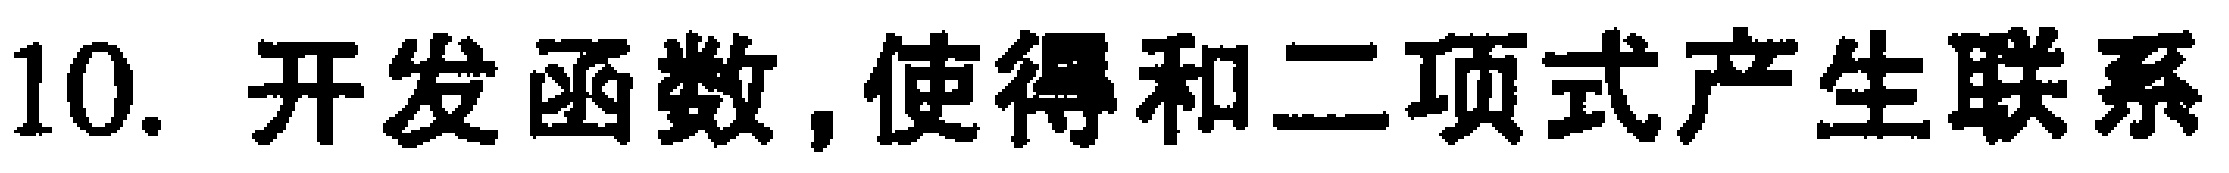
10. 开发函数,使得和二项式产生联系